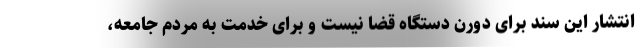
انتشار این سند برای دورن دستگاه قضا نیست و برای خدمت به مردم جامعه،